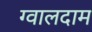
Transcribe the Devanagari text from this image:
ग्वालदाम